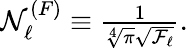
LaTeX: \begin{array}{r}{\mathcal{N}_{\ell}^{(F)}\equiv\frac{1}{\sqrt[4]{\pi}\sqrt{\mathcal{F}_{\ell}}}.}\end{array}